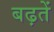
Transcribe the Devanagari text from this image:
बढ़तें